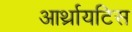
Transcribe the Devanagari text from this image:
आर्थ्रायटिस